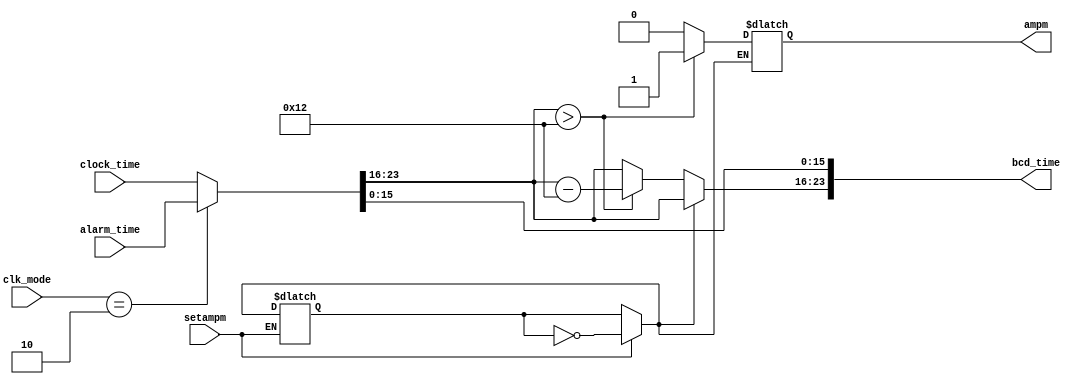
module formattime (
    input wire [1:0] clk_mode,     // Clock mode (2-bit)
    input wire setampm,  // Time format toggle signal
    input wire [23:0] clock_time, // Current clock time (24-bit)
    input wire [23:0] alarm_time, // Alarm time (24-bit)
    output reg [23:0] bcd_time,   // Converted time output (24-bit)
    output reg ampm               // AM/PM flag output
);

// Temporary storage for time based on clock mode
reg [23:0] bcd_time_temp;
reg formattimetoggle;

// Select clock or alarm time based on clock mode
always @* begin
    if (clk_mode == 2'b10)
        bcd_time_temp = alarm_time;
    else bcd_time_temp = clock_time;

    if (setampm == 1) begin
        // Toggle time format
        formattimetoggle = ~formattimetoggle;
    end

    if (formattimetoggle) // 24-hour format
        bcd_time = bcd_time_temp;
    else begin // 12-hour format
        if (bcd_time_temp[23:16] > 8'h12) begin // PM
            bcd_time[23:16] = bcd_time_temp[23:16] - 8'h12;
            ampm = 1; // Set PM flag
        end else begin // AM
            bcd_time[23:16] = bcd_time_temp[23:16];
            ampm = 0; // Set AM flag
        end
        bcd_time[15:0] = bcd_time_temp[15:0]; // Keep lower 16 bits unchanged
    end
end

endmodule